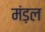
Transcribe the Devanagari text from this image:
मंड़ल